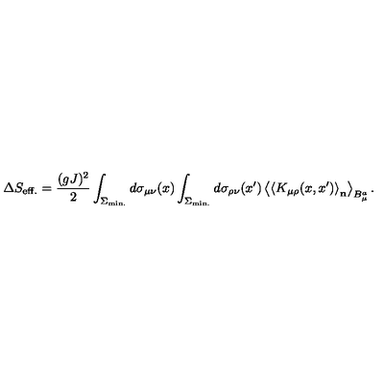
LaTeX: \Delta S _ { \mathrm { e f f . } } = \frac { ( g J ) ^ { 2 } } { 2 } \int _ { \Sigma _ { \mathrm { m i n . } } } ^ { } d \sigma _ { \mu \nu } ( x ) \int _ { \Sigma _ { \mathrm { m i n . } } } ^ { } d \sigma _ { \rho \nu } ( x ^ { \prime } ) \left< \left< K _ { \mu \rho } ( x , x ^ { \prime } ) \right> _ { \bf n } \right> _ { B _ { \mu } ^ { a } } .